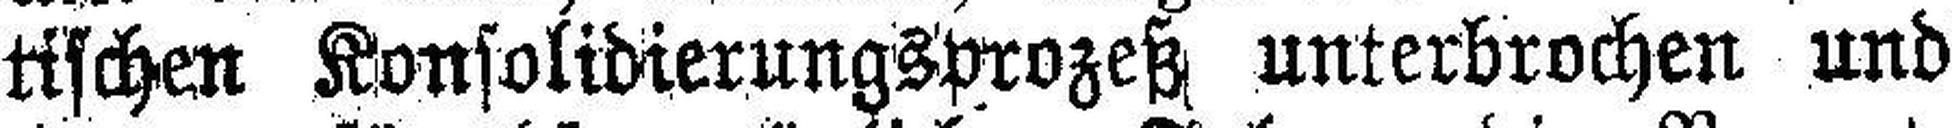
tischen Konsolidierungsprozeß unterbrochen und